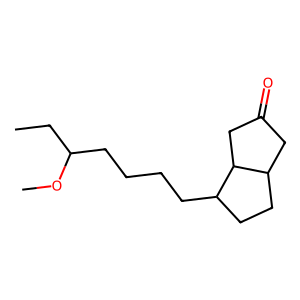
SMILES: CCC(CCCCC1CCC2CC(=O)CC12)OC
Inhibits HIV replication: No